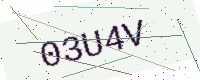
Text: 03U4V